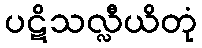
ပဋိသလ္လီယိတုံ